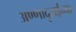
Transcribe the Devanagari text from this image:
अण्णादुराईंच्या